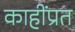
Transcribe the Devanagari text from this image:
काहींप्रत